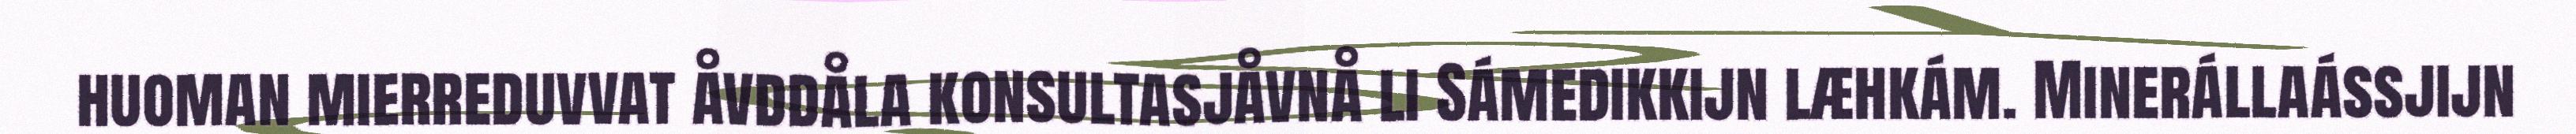
huoman mierreduvvat åvddåla konsultasjåvnå li Sámedikkijn læhkám. Minerállaássjijn